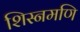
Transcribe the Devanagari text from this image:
शिस्नमणि